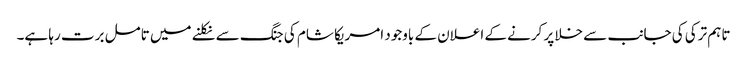
تاہم ترکی کی جانب سے خلا پر کرنے کے اعلان کے باوجود امریکا شام کی جنگ سے نکلنے میں تامل برت رہا ہے۔